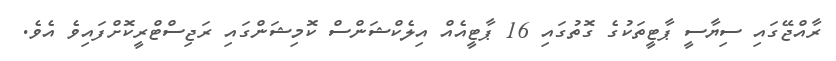
ރާއްޖޭގައި ސިޔާސީ ޕާޓީތަކުގެ ގޮތުގައި 16 ޕާޓީއެއް އިލެކްޝަންސް ކޮމިޝަންގައި ރަޖިސްޓްރީކޮށްފައިވެ އެވެ.